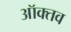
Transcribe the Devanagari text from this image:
ऑक्तव